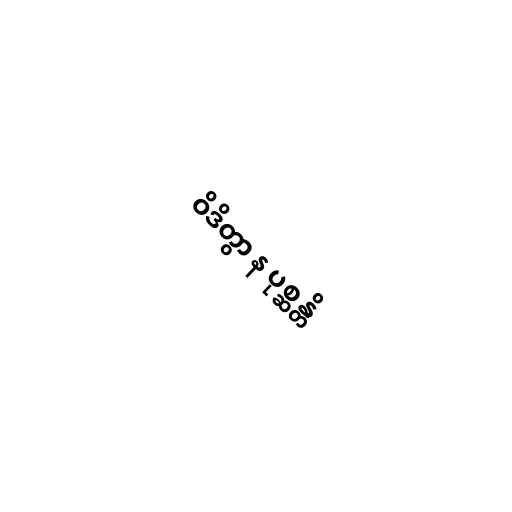
ဝိဒိတွာ န ပုစ္ဆန္တိ